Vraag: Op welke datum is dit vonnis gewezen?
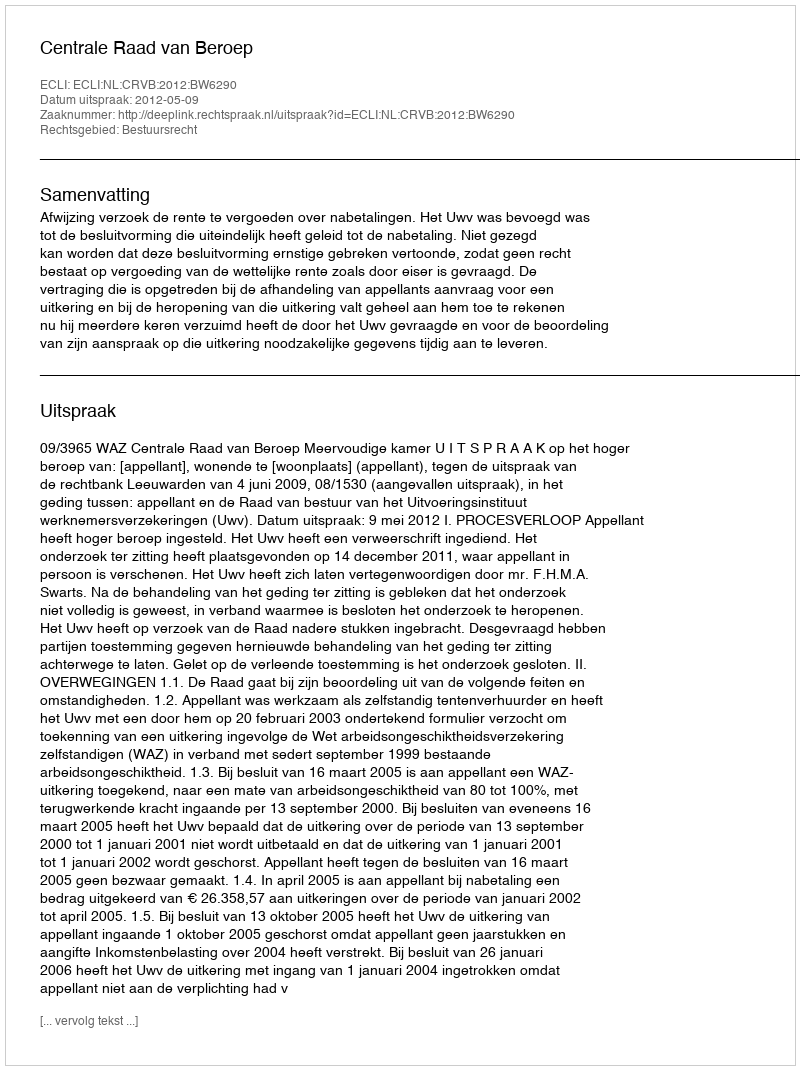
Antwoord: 2012-05-09